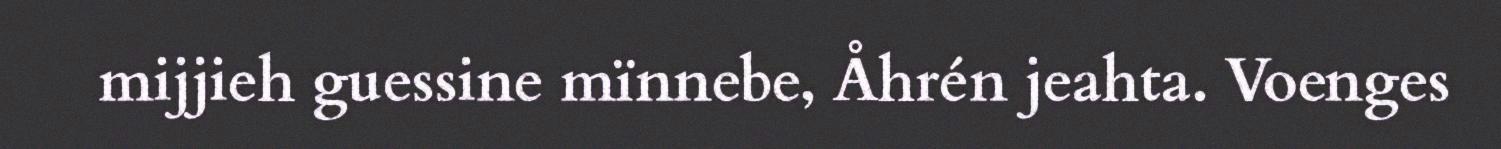
mijjieh guessine mïnnebe, Åhrén jeahta. Voenges